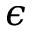
\epsilon